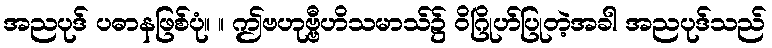
အညပုဒ် ပဓာနဖြစ်ပုံ။ ။ ဤဗဟုဗ္ဗီဟိသမာသ်၌ ဝိဂြိုဟ်ပြုတဲ့အခါ အညပုဒ်သည်